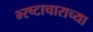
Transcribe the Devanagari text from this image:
भ्‍रष्टाचाराच्या